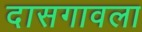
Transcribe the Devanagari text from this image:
दासगावला